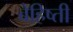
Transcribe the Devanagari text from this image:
बेहिष्ती